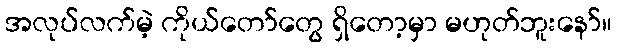
အလုပ်လက်မဲ့ ကိုယ်တော်တွေ ရှိတော့မှာ မဟုတ်ဘူးနော်။